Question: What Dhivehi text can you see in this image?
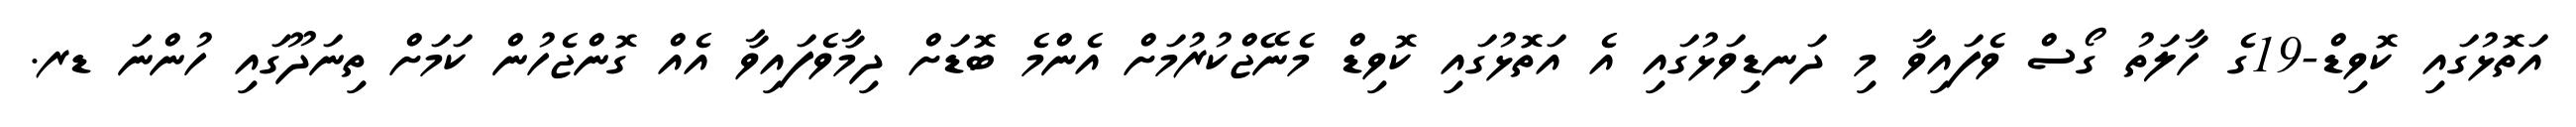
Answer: އަތޮޅުގައި ކޮވިޑް-19ގެ ހާލަތު ގޯސް ވެފައިވާ މި ދަނޑިވަޅުގައި އެ އަތޮޅުގައި ކޮވިޑް މެނޭޖްކުރުމަށް އެންމެ ބޮޑަށް ދިމާވެފައިވާ އެއް ގޮންޖެހުން ކަމަށް ތިނަދޫގައި ހުންނަ ޑރ.